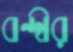
বন্দীর